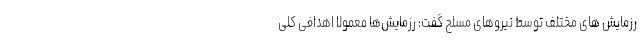
رزمایش های مختلف توسط نیروهای مسلح گفت: رزمایش‌ها معمولاً اهدافی کلی